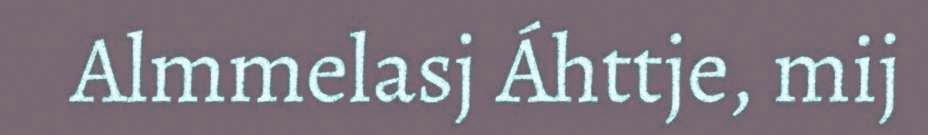
Almmelasj Áhttje, mij